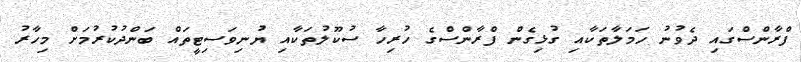
ފްރާންސްގައި ދެވުނު ހަމަލާތަކާއި ގުޅިގެން ފްރާންސްގެ ހުރިހާ ސުކޫލުތަކާއި ޔުނިވަސިޓީތައް ބަންދުކުރުމަށް މިހާރު